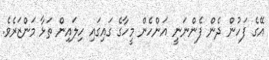
އޭގެ ފަހުން ދެން ފެންނަނީ އަންހެން މީހާގެ ގައިގައި ހިލައިން ތަޅާ މަންޒަރެވެ.